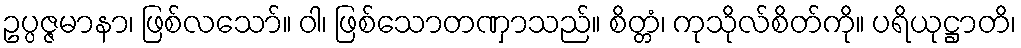
ဥပ္ပဇ္ဇမာနာ၊ ဖြစ်လသော်။ ဝါ၊ ဖြစ်သောတဏှာသည်။ စိတ္တံ၊ ကုသိုလ်စိတ်ကို။ ပရိယုဋ္ဌာတိ၊